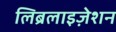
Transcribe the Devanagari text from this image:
लिब्रलाइज़ेशन